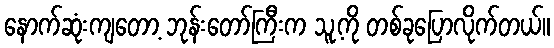
နောက်ဆုံးကျတော့ ဘုန်းတော်ကြီးက သူ့ကို တစ်ခုပြောလိုက်တယ်။